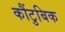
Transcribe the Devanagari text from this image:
कौंटुबिक